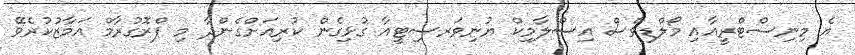
އެ މިނިސްޓްރީއާއި މޯލްޑިވްސް އިސްލާމިކް ޔުނިވަރސިޓީއާ ގުޅިގެން ކުރިއަށްގެންދާ މި ޕްރޮގުރާމް އަމާޒުކުރެވޭ